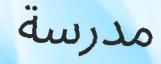
مدرسة